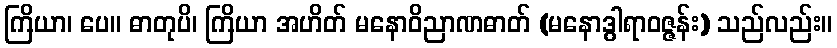
ကြိယာ၊ ပေ။ ဓာတုပိ၊ ကြိယာ အဟိတ် မနောဝိညာဏဓာတ် (မနောဒွါရာဝဇ္ဇန်း) သည်လည်း။